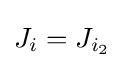
J_{i}=J_{i_{2}}